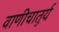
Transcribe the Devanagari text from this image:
वाणीचातुर्य